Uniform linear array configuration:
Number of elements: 48
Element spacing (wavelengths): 0.75
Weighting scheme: hamming
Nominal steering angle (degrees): -60
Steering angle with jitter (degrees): -60.163
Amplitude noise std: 0.05
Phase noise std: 0.05

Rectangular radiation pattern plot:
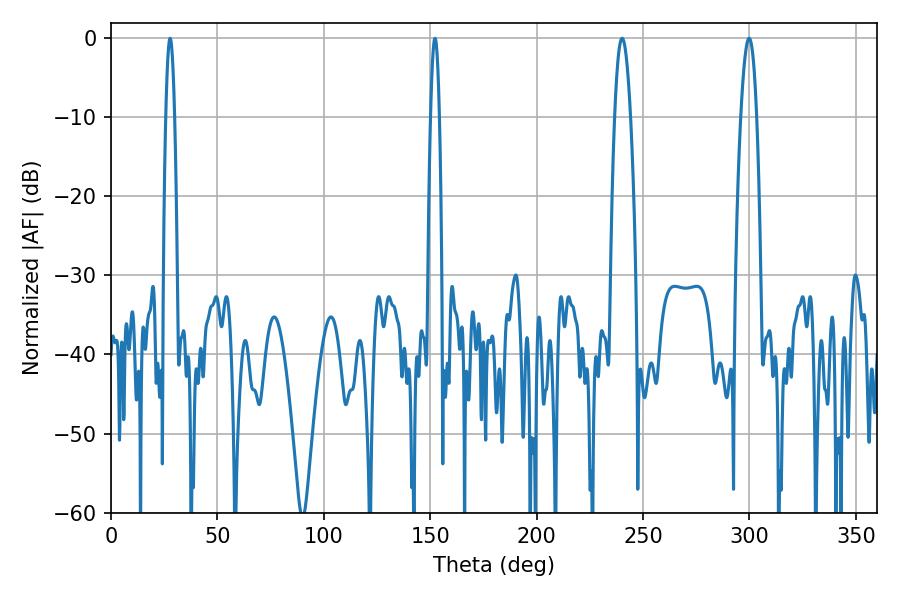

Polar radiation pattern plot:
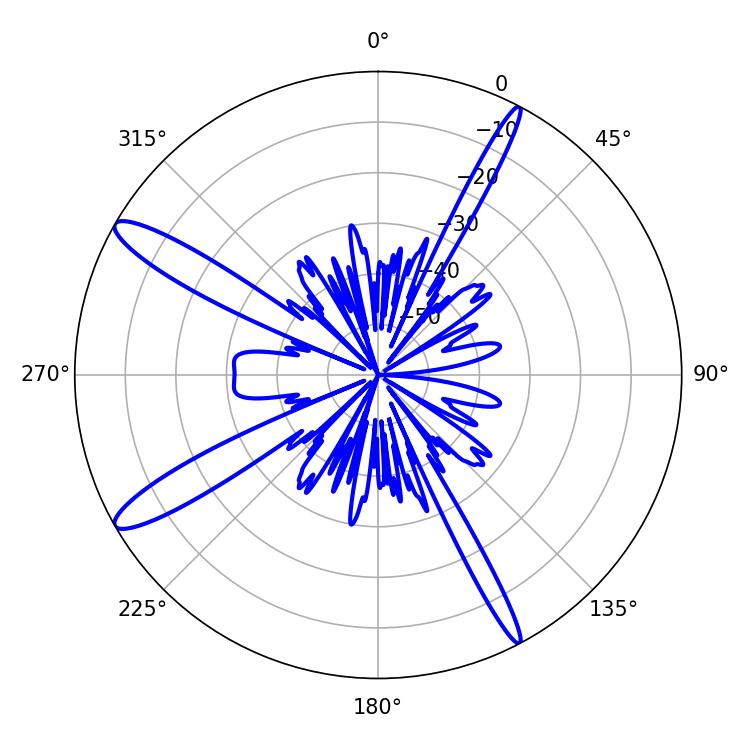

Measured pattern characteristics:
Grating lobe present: TRUE
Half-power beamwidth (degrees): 4.14
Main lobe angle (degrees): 240.12